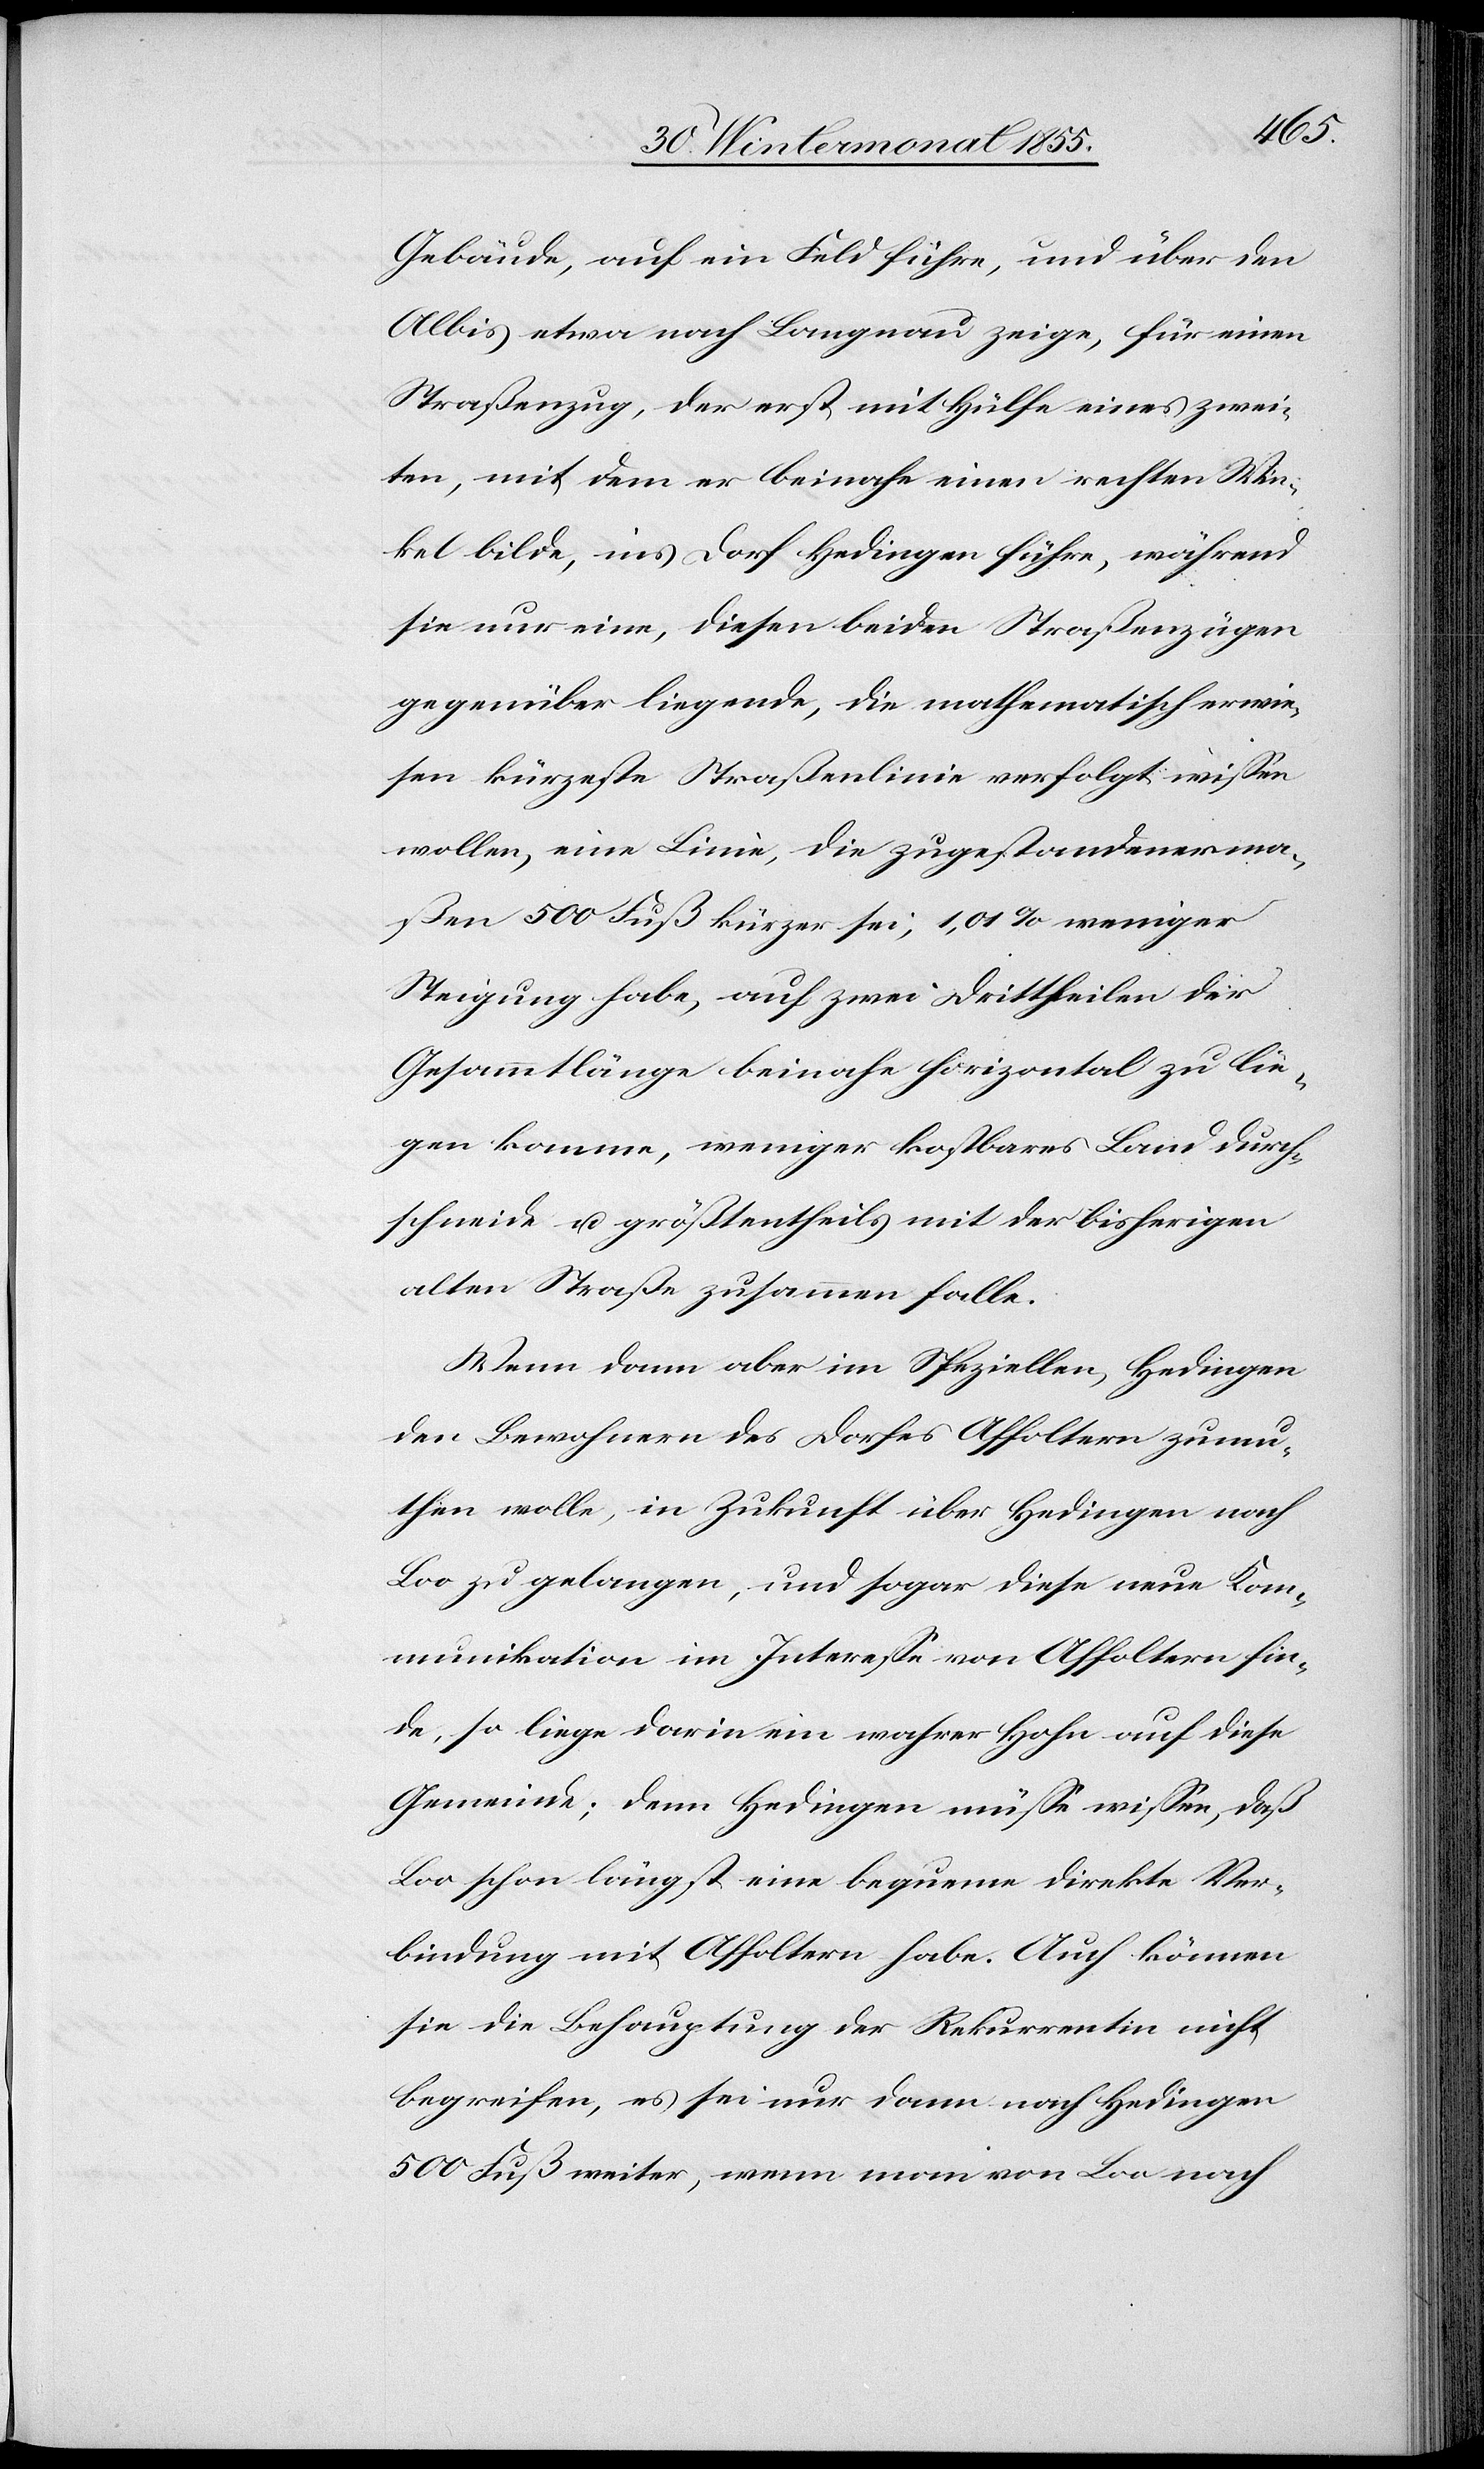
Gebäude, auf ein Feld führe, und über den
Albis etwa nach Langnau zeige, für einen
Straßenzug, der erst mit Hülfe eines zwei¬
ten, mit dem er beinahe einen rechten Win¬
kel bilde, ins Dorf Hedingen führe, während
sie nur eine, diesen beiden Straßenzügen
gegenüber liegende, die mathematisch erwie¬
sen kürzeste Straßenlinie verfolgt wissen
wollen, eine Linie, die zugestandenerma¬
ßen 500 Fuß kürzer sei, 1,01% weniger
Steigung habe, auf zwei Drittheilen der
Gesammtlänge beinahe horizontal zu lie¬
gen komme, weniger kostbares Land durch¬
schneide u. größtentheils mit der bisherigen
alten Straße zusammen falle.
Wenn dann aber im Speziellen, Hedingen
den Bewohnern des Dorfes Affoltern zumu¬
then wolle, in Zukunft über Hedingen nach
Loo zu gelangen, und sogar diese neue Kom¬
munikation im Interesse von Affoltern fin¬
de, so liege darin ein wahrer Hohn auf diese
Gemeinde; denn Hedingen müsse wissen, daß
Loo schon längst eine bequeme direkte Ver¬
bindung mit Affoltern habe. Auch können
sie die Behauptung der Rekurrentin nicht
begreifen, es sei nur dann nach Hedingen
500 Fuß weiter, wenn man von Loo nach